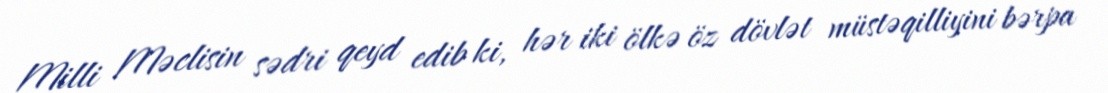
Milli Məclisin sədri qeyd edib ki, hər iki ölkə öz dövlət müstəqilliyini bərpa